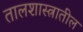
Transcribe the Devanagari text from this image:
तालशास्त्रातील